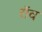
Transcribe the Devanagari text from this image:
रॉव